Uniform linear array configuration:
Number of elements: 12
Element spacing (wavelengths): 1
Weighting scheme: cosine
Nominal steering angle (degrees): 45
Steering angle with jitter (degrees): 44.186
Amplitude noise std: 0.05
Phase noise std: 0.05

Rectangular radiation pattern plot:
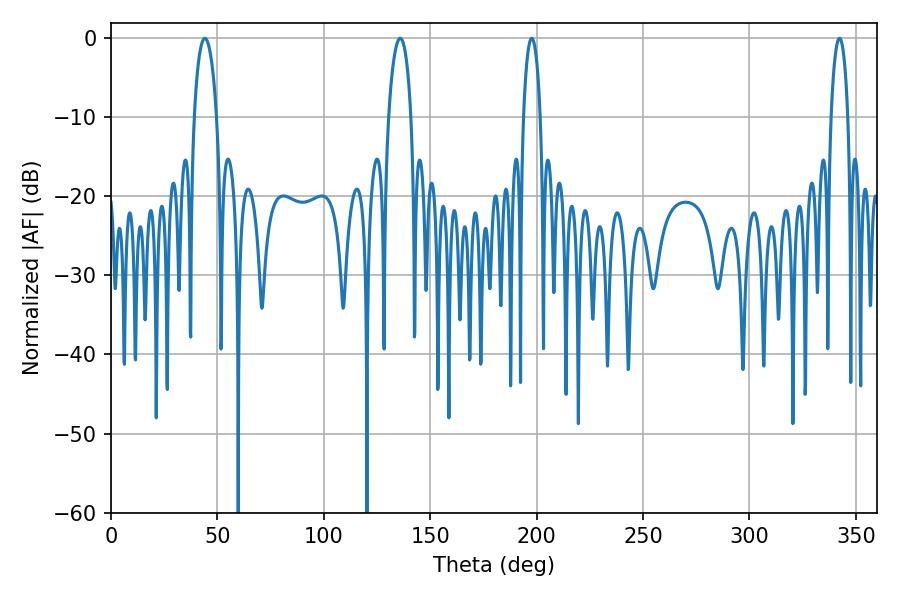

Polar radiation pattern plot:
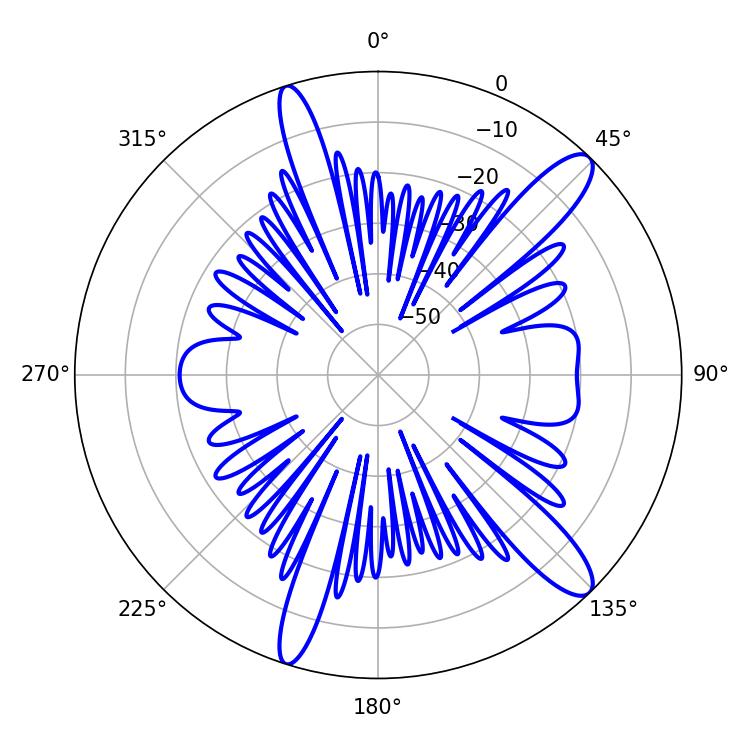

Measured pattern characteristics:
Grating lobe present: TRUE
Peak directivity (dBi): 12.643
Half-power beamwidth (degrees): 5.94
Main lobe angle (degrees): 44.1